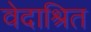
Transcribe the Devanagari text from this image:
वेदाश्रित